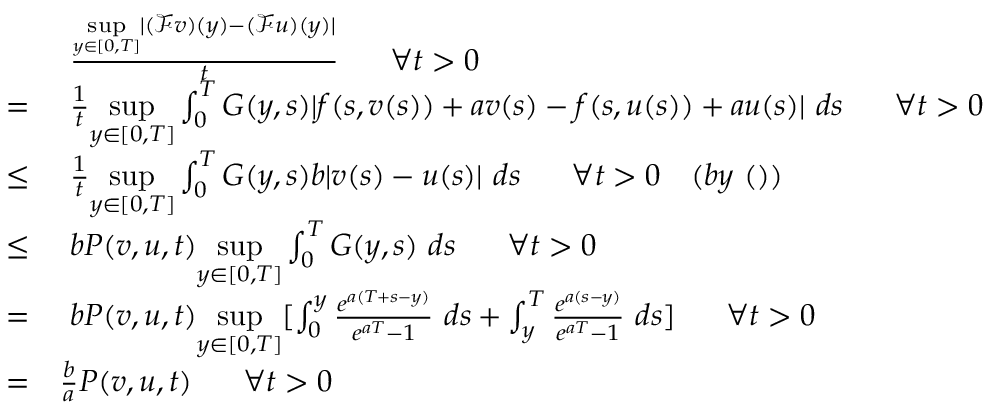
\begin{array} { r l } & { ~ \frac { { \underset { y \in [ 0 , T ] } { \operatorname* { s u p } } } | ( \mathscr { F } v ) ( y ) - ( \mathscr { F } u ) ( y ) | } { t } ~ ~ ~ ~ ~ \forall t > 0 } \\ { = } & { ~ \frac { 1 } { t } { \underset { y \in [ 0 , T ] } { \operatorname* { s u p } } } \int _ { 0 } ^ { T } G ( y , s ) | { f ( s , v ( s ) ) + a v ( s ) } - { f ( s , u ( s ) ) + a u ( s ) } | ~ d s ~ ~ ~ ~ ~ \forall t > 0 } \\ { \leq } & { ~ \frac { 1 } { t } { \underset { y \in [ 0 , T ] } { \operatorname* { s u p } } } \int _ { 0 } ^ { T } G ( y , s ) b | v ( s ) - u ( s ) | ~ d s ~ ~ ~ ~ ~ \forall t > 0 ~ ~ ~ ( b y ~ ( ) ) } \\ { \leq } & { ~ b P ( v , u , t ) { \underset { y \in [ 0 , T ] } { \operatorname* { s u p } } } \int _ { 0 } ^ { T } G ( y , s ) ~ d s ~ ~ ~ ~ ~ \forall t > 0 } \\ { = } & { ~ b P ( v , u , t ) { \underset { y \in [ 0 , T ] } { \operatorname* { s u p } } } [ \int _ { 0 } ^ { y } \frac { e ^ { a ( T + s - y ) } } { e ^ { a T } - 1 } ~ d s + \int _ { y } ^ { T } \frac { e ^ { a ( s - y ) } } { e ^ { a T } - 1 } ~ d s ] ~ ~ ~ ~ ~ \forall t > 0 } \\ { = } & { \frac { b } { a } P ( v , u , t ) ~ ~ ~ ~ ~ \forall t > 0 } \end{array}